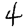
Digit: 4